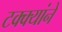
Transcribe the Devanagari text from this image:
टक्क्यांने